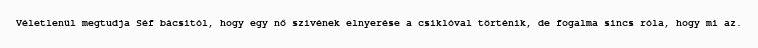
Véletlenül megtudja Séf bácsitól, hogy egy nő szívének elnyerése a csiklóval történik, de fogalma sincs róla, hogy mi az.